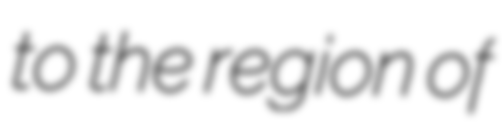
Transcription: to the region of